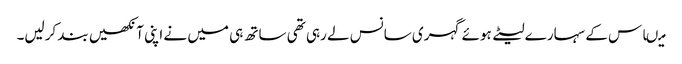
میںاس کے سہارے لیٹے ہوئے گہری سانس لے رہی تھی ساتھ ہی میں نے اپنی آنکھیں بند کرلیں۔